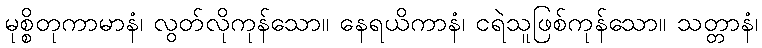
မုစ္စိတုကာမာနံ၊ လွတ်လိုကုန်သော။ နေရယိကာနံ၊ ငရဲသူဖြစ်ကုန်သော။ သတ္တာနံ၊